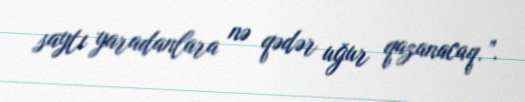
saytı yaradanlara nə qədər uğur qazanacaq.”.